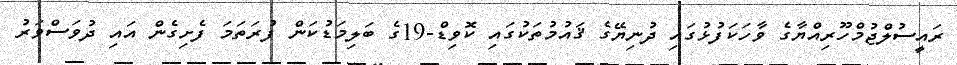
ރައީސުލްޖުމްހޫރިއްޔާގެ ވާހަކަފުޅުގައި ދުނިޔޭގެ ޤައުމުތަކުގައި ކޮވިޑް-19ގެ ބަލިމަޑުކަން ފުރަތަމަ ފެށިގެން އައި ދުވަސްވަރު